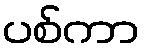
ပစ်ကာ